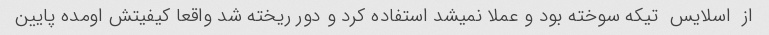
از  اسلایس  تیکه سوخته بود و عملا نمیشد استفاده کرد و دور ریخته شد واقعا کیفیتش اومده پایین